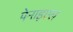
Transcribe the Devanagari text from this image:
पेनाइएल